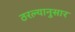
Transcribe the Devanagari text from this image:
ठरल्यानुसार